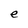
Character: e